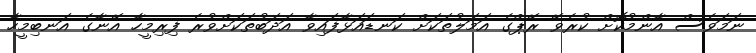
ނަމަވެސް އާންމުކޮށް ކުރެވޭ ރޭޕްގެ އަމަލުތަކަށް ކަނޑައަޅާފައިވާ އަދަބުތަކަށްވުރެ ފިރިމީހާ އޭނާގެ އަނބިމީހާ